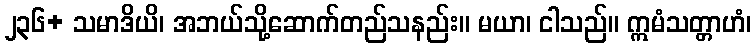
၂၃၆+ သမာဒိယိ၊ အဘယ်သို့ဆောက်တည်သနည်း။ မယာ၊ ငါသည်။ ဣမံသတ္တာဟံ၊